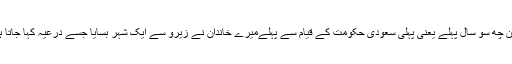
لیکن چھ سو سال پہلے یعنى پہلى سعودى حکومت کے قیام سے پہلےمیرے خاندان نے زیرو سے ایک شہر بسایا جسے درعیہ کہا جاتا ہے۔